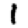
Digit: 1